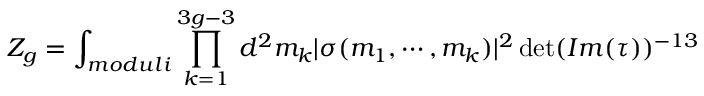
Z _ { g } = \int _ { m o d u l i } \prod _ { k = 1 } ^ { 3 g - 3 } d ^ { 2 } m _ { k } | \sigma ( m _ { 1 } , \cdots , m _ { k } ) | ^ { 2 } \operatorname * { d e t } ( I m ( \tau ) ) ^ { - 1 3 }